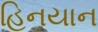
હિનયાન